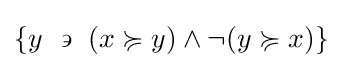
\left\{y~\backepsilon ~(x\succcurlyeq y)\land \lnot (y\succcurlyeq x)\right\}